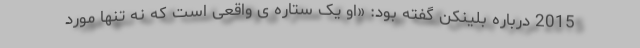
2015 درباره بلینکن گفته بود: «او یک ستاره ی واقعی است که نه تنها مورد